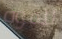
للقوة